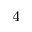
^ 4